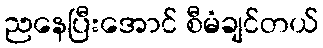
ညနေပြီးအောင် စီမံချင်တယ်